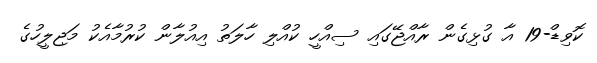
ކޮވިޑް-19 އާ ގުޅިގެން ރާއްޖޭގައި ސިއްހީ ކުއްލި ހާލަތު އިއުލާން ކުރުމާއެކު މަޖިލީހުގެ